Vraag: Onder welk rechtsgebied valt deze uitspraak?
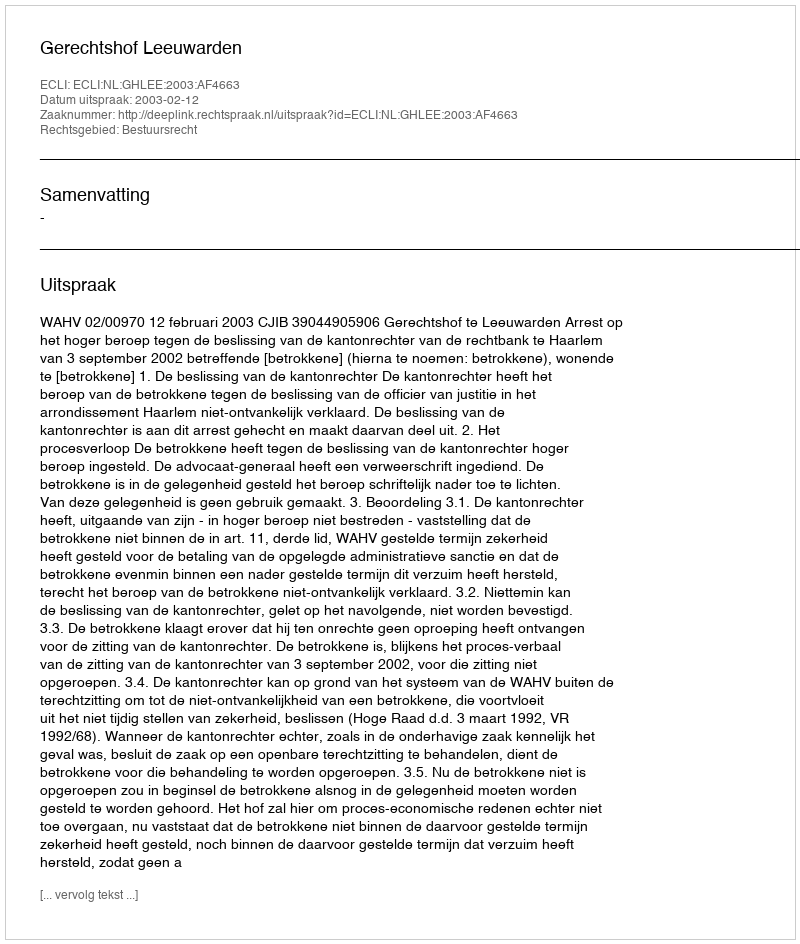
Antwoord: Bestuursrecht